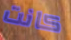
كانت